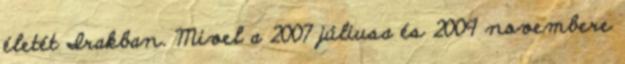
életét Irakban. Mivel a 2007 júliusa és 2009 novembere